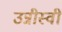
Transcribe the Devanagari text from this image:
उन्नीस्वीं